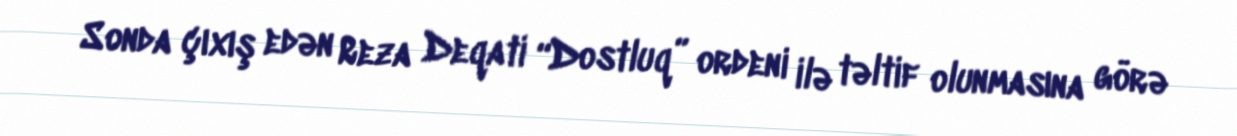
Sonda çıxış edən Reza Deqati “Dostluq” ordeni ilə təltif olunmasına görə